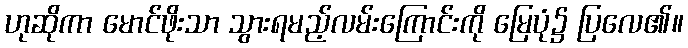
ဟုဆိုကာ မောင်ဖိုးသာ သွားရမည့်လမ်းကြောင်းကို မြေပုံ၌ ပြလေ၏။